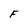
Character: F